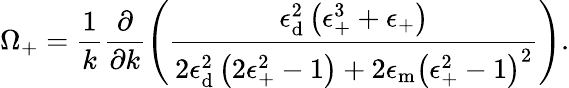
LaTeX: \Omega_{\mathrm{+}}=\frac{1}{k}\frac{\partial}{\partial k}\left(\frac{\epsilon_{\mathrm{{d}}}^{2}\left(\epsilon_{\mathrm{+}}^{3}+\epsilon_{\mathrm{+}}\right)}{2\epsilon_{\mathrm{{d}}}^{2}\left(2\epsilon_{\mathrm{+}}^{2}-1\right)+2\epsilon_{\mathrm{{m}}}\left(\epsilon_{\mathrm{+}}^{2}-1\right)^{2}}\right).